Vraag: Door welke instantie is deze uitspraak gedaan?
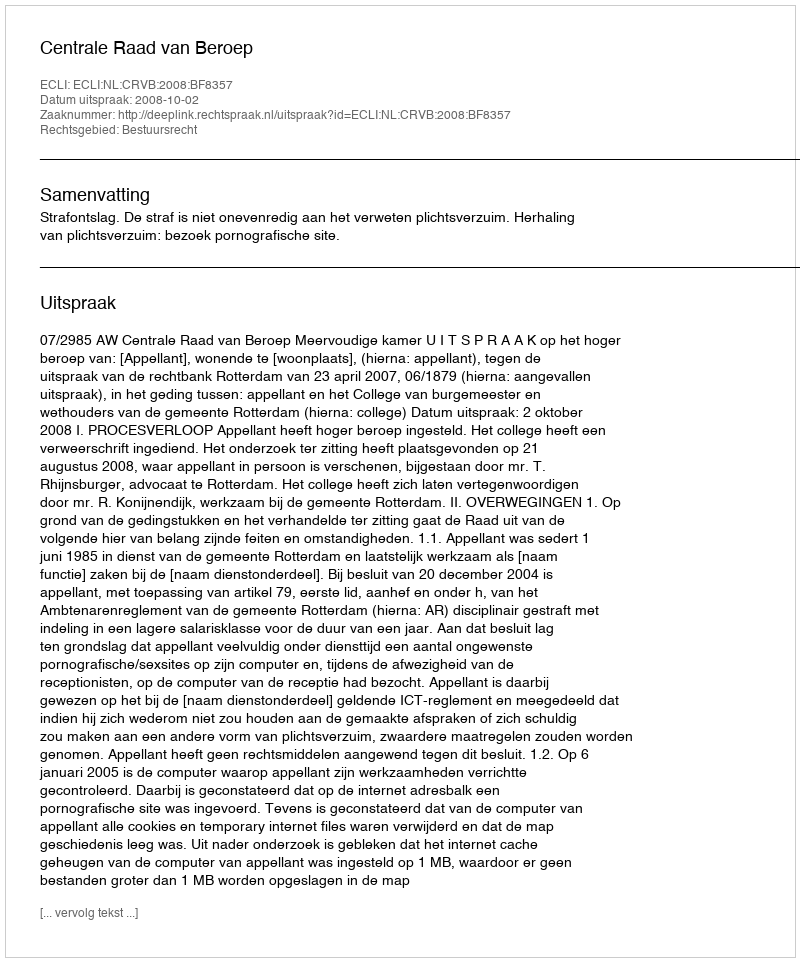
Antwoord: Centrale Raad van Beroep